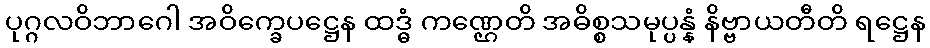
ပုဂ္ဂလဝိဘာဂေါ အဝိက္ခေပဋ္ဌေန ထဒ္ဓံ ကဏ္ဌေတိ အဓိစ္စသမုပ္ပန္နံ နိဗ္ဗာယတီတိ ရဋ္ဌေန